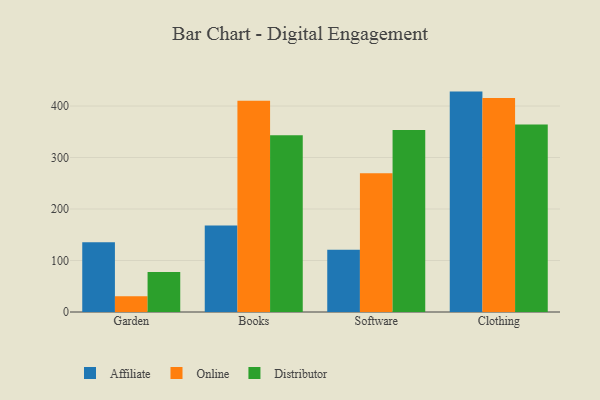
{"axis": {"x": "Category", "y": "Market Share (%)"}, "legend": ["Affiliate", "Distributor", "Online"], "data": [{"x": "Garden", "y": 135.3, "type": "Affiliate"}, {"x": "Garden", "y": 30.5, "type": "Online"}, {"x": "Garden", "y": 77.6, "type": "Distributor"}, {"x": "Books", "y": 167.8, "type": "Affiliate"}, {"x": "Books", "y": 410.3, "type": "Online"}, {"x": "Books", "y": 343.2, "type": "Distributor"}, {"x": "Software", "y": 120.8, "type": "Affiliate"}, {"x": "Software", "y": 269.5, "type": "Online"}, {"x": "Software", "y": 353.5, "type": "Distributor"}, {"x": "Clothing", "y": 428.0, "type": "Affiliate"}, {"x": "Clothing", "y": 415.7, "type": "Online"}, {"x": "Clothing", "y": 364.3, "type": "Distributor"}]}